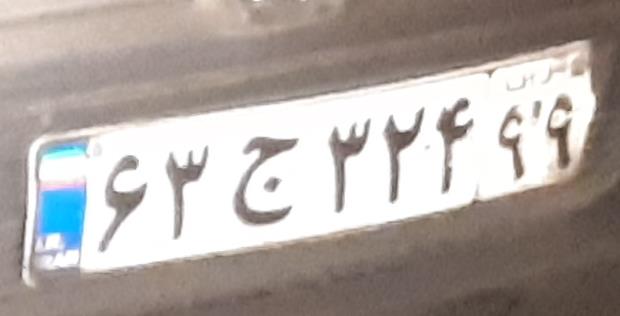
۶۳ج۳۲۴۹۹